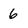
Character: 6